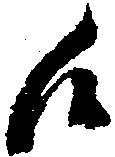
候